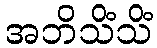
အဘိသိံသိံ